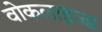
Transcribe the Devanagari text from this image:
वोकलाइज्ड